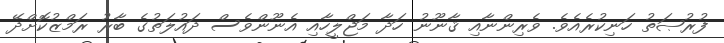
ފުރުޞަތު ހަނިކުރެއެވެ. ވެރިންނާއި ޤާނޫނު ހަދާ މަޖްލީހާއި އެނޫންވެސް ދައުލަތުގެ ބާރު ރަމްޒުކޮށްދޭ